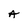
Character: A